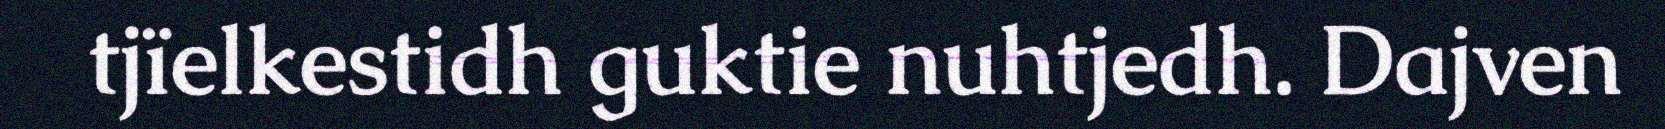
tjïelkestidh guktie nuhtjedh. Dajven